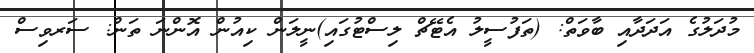
މުދަލުގެ އަދަދާއި ބާވަތް: (ތަފުސީލު އެޓޭޗް ލިސްޓުގައި)ނީލަން ކިއުން އޮންނަ ތަން: ސަރވިސް